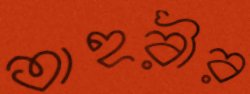
তাহরীর